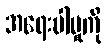
အရေးပါမှုကို